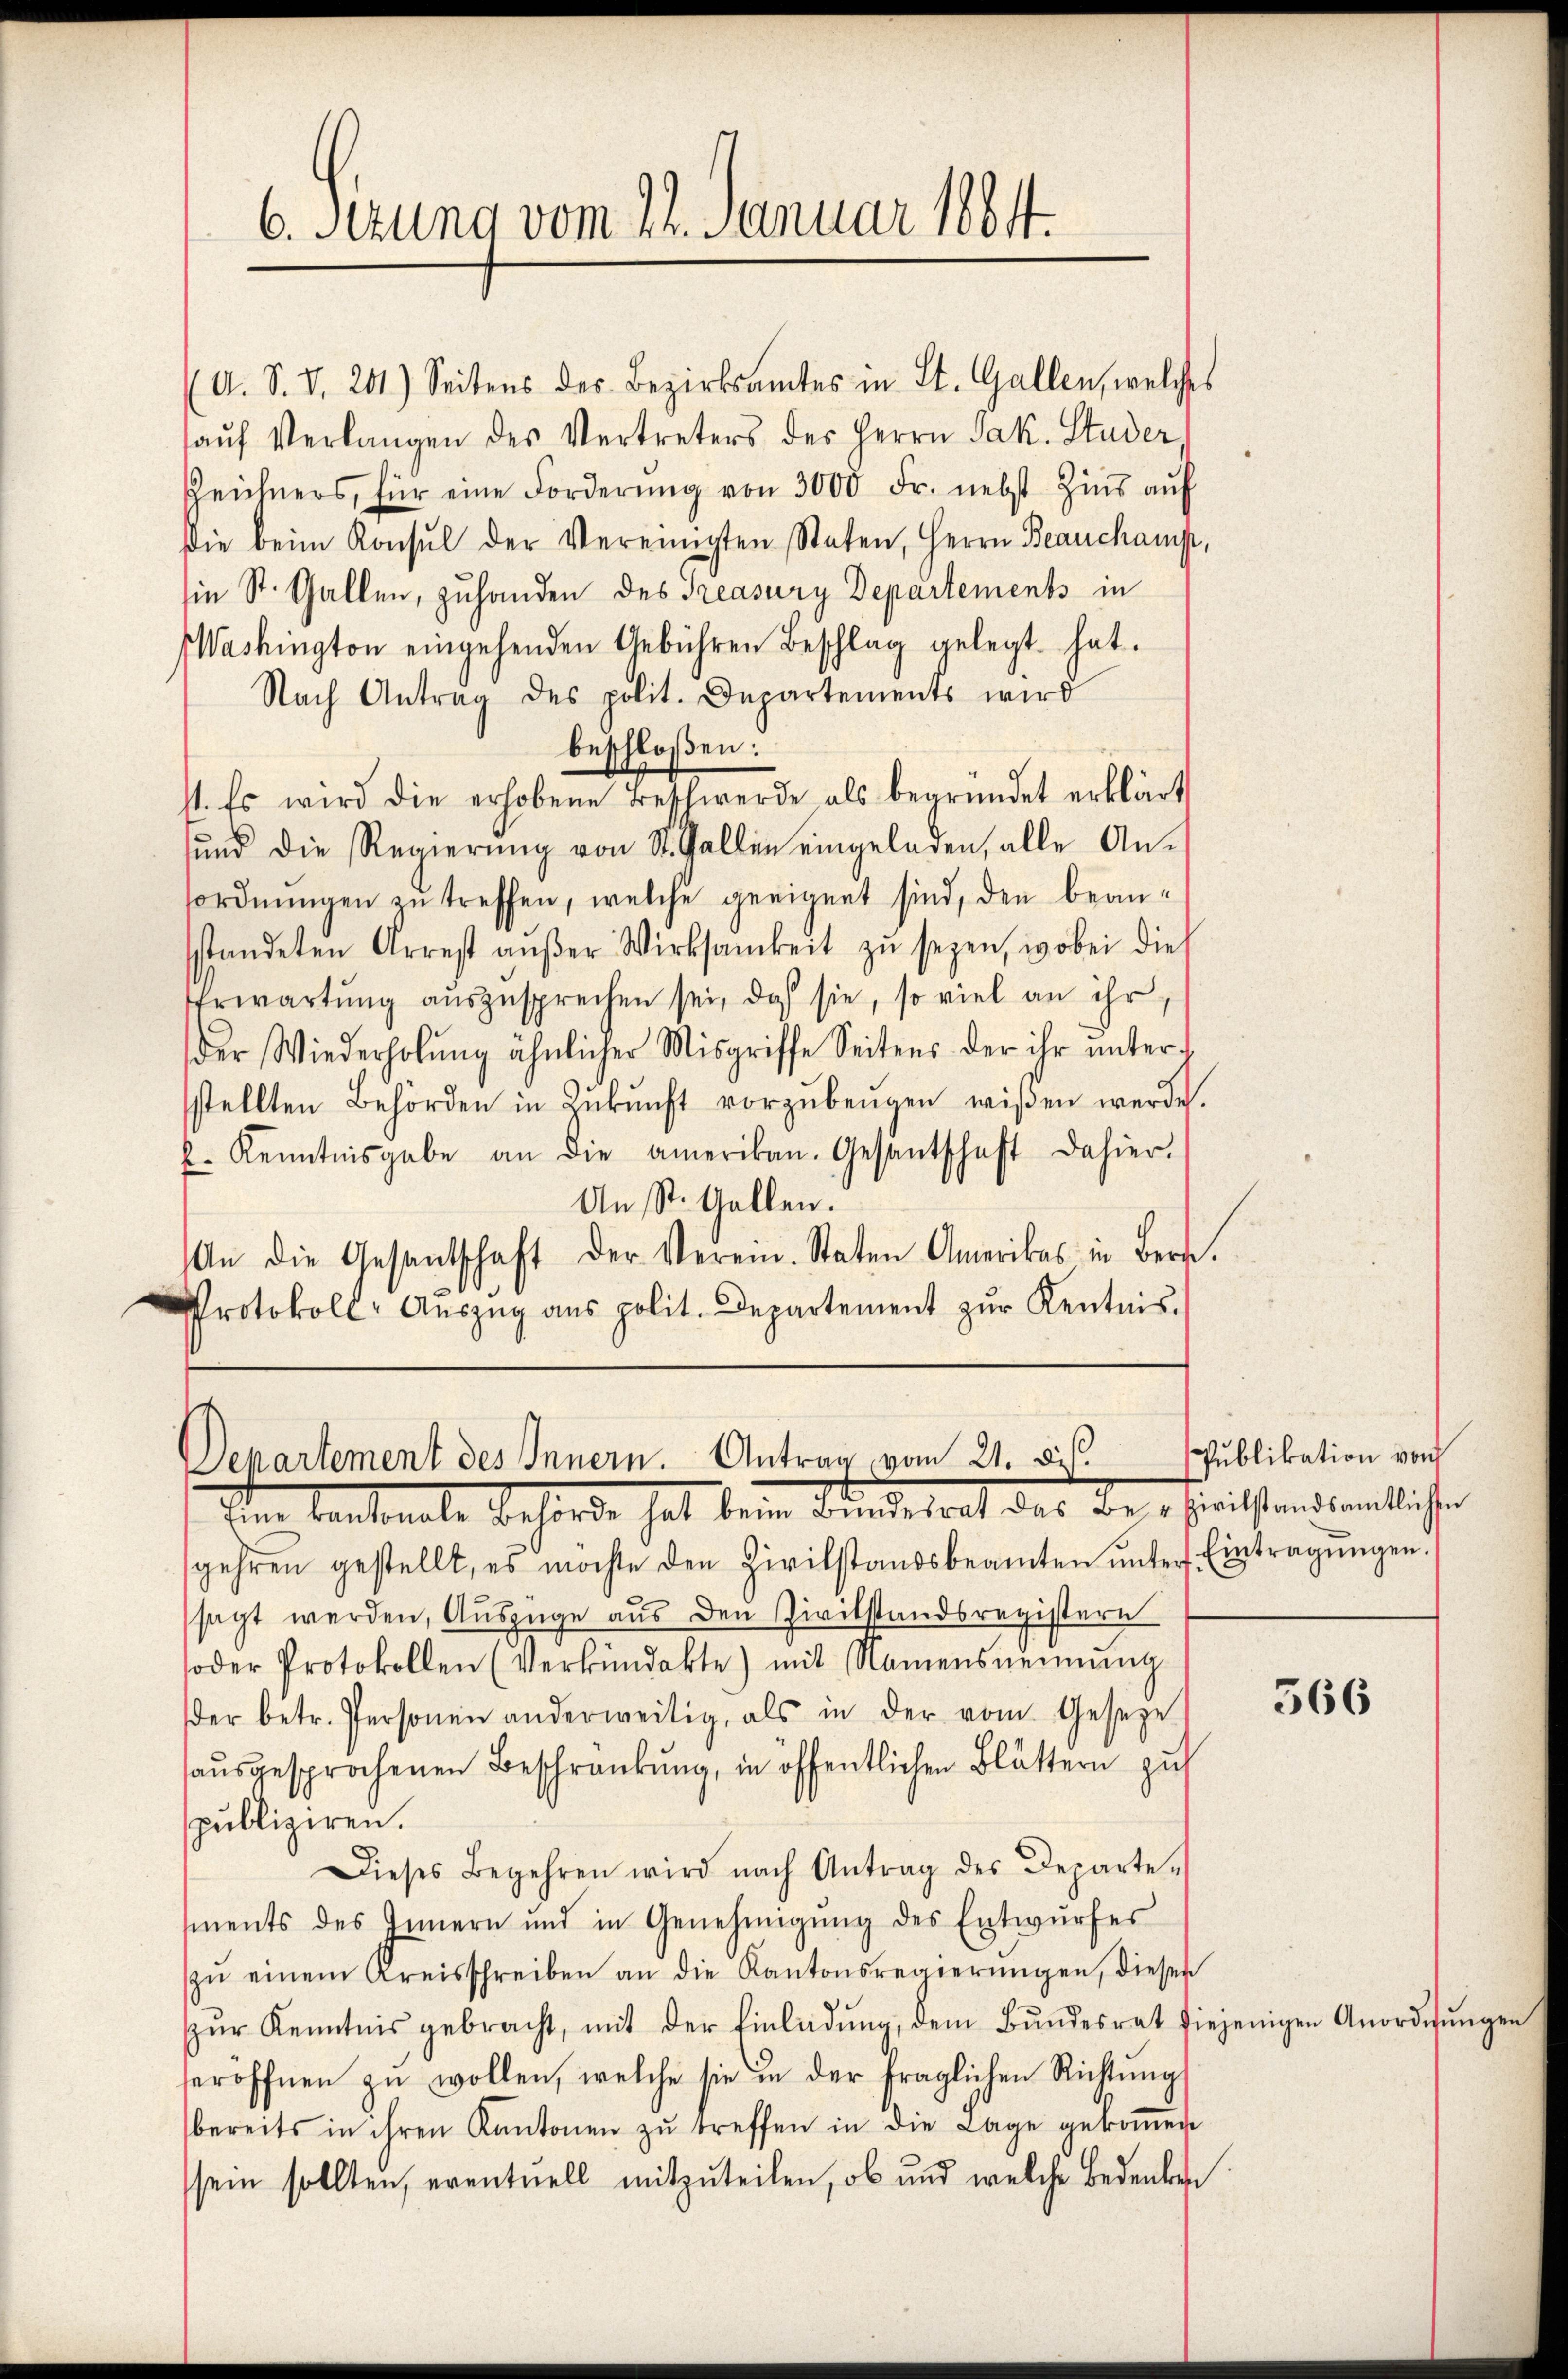
6. Sekung vom 24. Januar 1864.

A. S. S. 201.) Seitens des Bezirksamtes in St. Gallen, welches
aŭf Verlangen des Vertreters des Herrn Jak. Studer
Zeichners, für eine Forderŭng von 3000 Fr. nebst Zins aŭf
Die beim Konsul der Vereinigten Staten, Herrn Beauchamp,
Ein St. Gallen, zuhanden des Teasury Departements in
Washington eingehenden Gebühren Beschlag gelegt hat.
Nach Antrag des polit. Departements wird
beschloßen:
11. Es wird die erhobene Beschwerde als begründet erklärt
ŭnd die Regierŭng von St. Gallen eingeladen, alle An-
ordnungen zu treffen, welche geeignet sind, den beansstandeten Arrest aŭβer Wirksamkeit zŭ seyen, wobei dies
Erwartŭng aŭszŭsprechen sei, daß sie, so viel an ihr,
der Wiederholung ähnlicher Misgriffe Seitens der ihr unterstellten Behörden in Zŭkŭnft vorzŭbeŭgen wißen werde.
l. Kenntnisgabe an die amerikan. Gesantschaft dahier.
An St. Gallen.
n die Gesantschaft der Verein. Staten Amerikas in Bern.
Protokoll-Aŭszŭg ans polit. Departement zŭr Kentnis.

Departement des Innern. Antrag vom 21. ds.
Eim kantonale Behörde hat beim Bindesrat des Bersienstandsamtlichen

Publikation von

gehren gestellt, es möchte den Zivilstandsbeamten ŭnter Eintragŭngen.
sagt werden, Auszüge aus den Civilstandsregistern
soder Protokollen (Verkündakte) mit Namens nennung
der betr. Personen anderweitig, als in der vom Geseze
haŭsgesprochenen Beschränkung, in öffentlichen Blättern zu
spubliziren.
Dieses Begehren wird nach Antrag des Departe-
ments des Innern und in Genehmigŭng des Entwŭrfes
zŭ einem Kreisschreiben an die Kantonsregierŭngen, dieser
zŭr Kenntnis gebracht, mit der Einladŭng, dem Bŭndesrat diejenigen An
seröffnen zŭ wollen, welche sie in der fraglichen Richtŭng
bereits in ihren Kantonen zŭ treffen in die Lage gekommen
sein sollten, eventuell mitzŭteilen, ob und welche Bedenke

566

ordingung